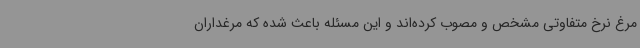
مرغ نرخ متفاوتی مشخص و مصوب کرده‌اند و این مسئله باعث شده که مرغداران